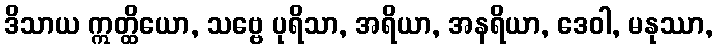
ဒိသာယ ဣတ္ထိယော, သဗ္ဗေ ပုရိသာ, အရိယာ, အနရိယာ, ဒေဝါ, မနုဿာ,